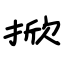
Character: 掀